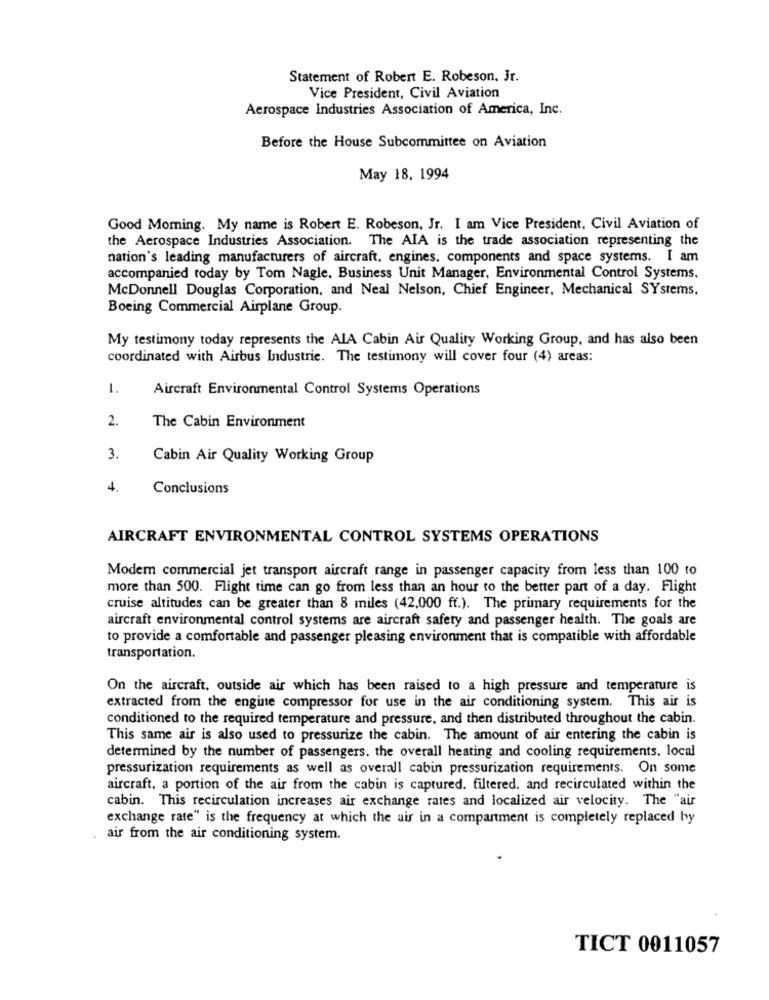
Statement of Robert E. Robeson, Jr.
Vice President, Civil Aviation
Aerospace Industries Association of America, Inc.
Before the House Subcommittee on Aviation
May 18. 1994
Good Morning. My name is Robert E. Robeson, Jr. I am Vice President, Civil Aviation of
the Aerospace Industries Association. The AIA is the trade association representing the
nation's leading manufacturers of aircraft, engines. components and space systems. I am
accompanied today by Tom Nagle. Business Unit Manager, Environmental Control Systems.
McDonnell Douglas Corporation, and Neal Nelson, Chief Engineer, Mechanical SYstems,
Boeing Commercial Airplane Group.
My testimony today represents the AIA Cabin Air Quality Working Group, and has also been
coordinated with Airbus Industrie. The testimony will cover four (4) areas:
1.
Aircraft Environmental Control Systems Operations
2.
The Cabin Environment
3.
Cabin Air Quality Working Group
4.
Conclusions
AIRCRAFT ENVIRONMENTAL CONTROL SYSTEMS OPERATIONS
Modern commercial jet transport aircraft range in passenger capacity from less than 100 to
more than 500. Flight time can go from less than an hour to the better part of a day. Flight
cruise altitudes can be greater than 8 miles (42,000 ff.). The primary requirements for the
aircraft environmental control systems are aircraft safety and passenger health. The goals are
to provide a comfortable and passenger pleasing environment that is compatible with affordable
transportation.
On the aircraft, outside air which has been raised to a high pressure and temperature is
extracted from the engine compressor for use in the air conditioning system. This air is
conditioned to the required temperature and pressure, and then distributed throughout the cabin.
This same air is also used to pressurize the cabin. The amount of air entering the cabin is
determined by the number of passengers. the overall heating and cooling requirements. local
pressurization requirements as well as overall cabin pressurization requirements. On some
aircraft, a portion of the air from the cabin is captured. filtered. and recirculated within the
cabin. This recirculation increases air exchange rates and localized air velocity. The "air
exchange rate" is the frequency at which the air in a compartment is completely replaced by
air from the air conditioning system.
TICT 0011057